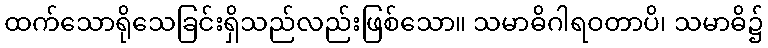
ထက်သောရိုသေခြင်းရှိသည်လည်းဖြစ်သော။ သမာဓိဂါရဝတာပိ၊ သမာဓိ၌